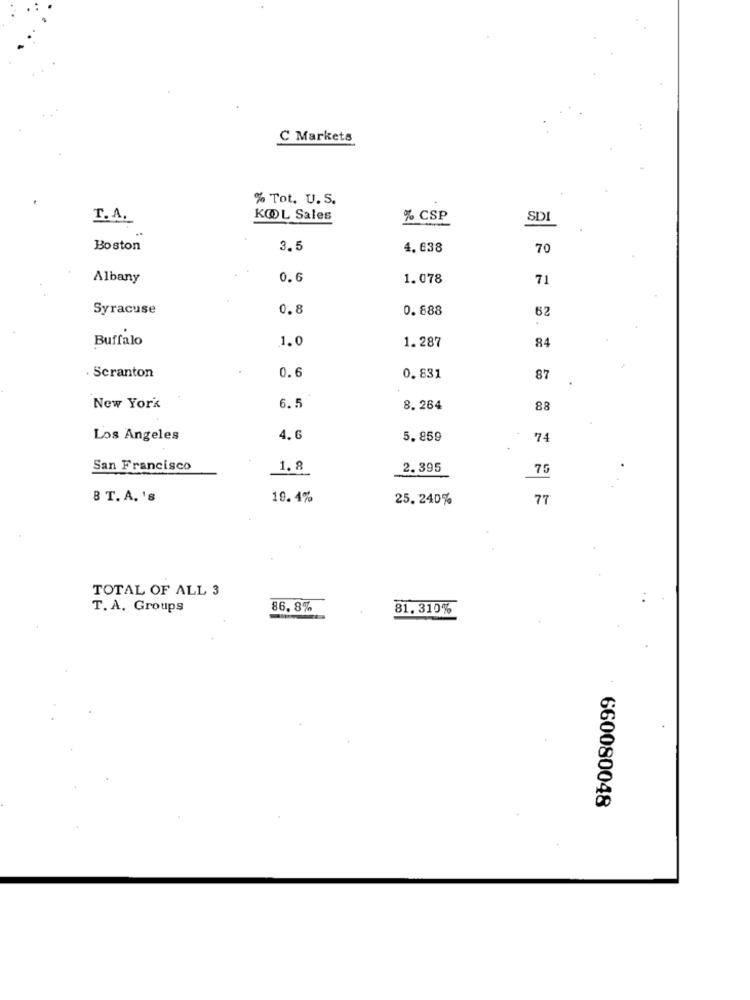
C Markets
% Tot. U. S.
T.A.
KOOL Sales
% CSP
SD
Boston
3.5
4.638
70
Albany
0. 6
1.078
71
Syracuse
0.8
0. 888
62
Buffalo
1.0
1.287
84
0.6
· Scranton
0.831
87
New York
6.5
8.264
88
Los Angeles
4. 6
5.859
74
San Francisco
1.8
2. 395
75
8 T.A. 's
19. 4%
25. 240%
77
TOTAL OF ALL 3
T. A. Groups
86.8%
81. 310%
660080048